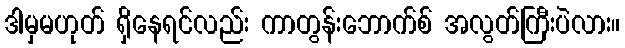
ဒါမှမဟုတ် ရှိနေရင်လည်း ကာတွန်းဘောက်စ် အလွတ်ကြီးပဲလား။